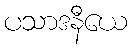
ပသာဒနီယေ